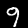
Digit: 9